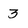
Character: 3